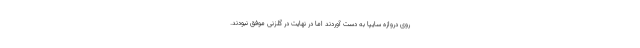
روی دروازه سایپا به دست آوردند اما در نهایت در گلزنی موفق نبودند.